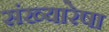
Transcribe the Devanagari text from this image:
संख्यारेषा